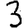
Digit: 3